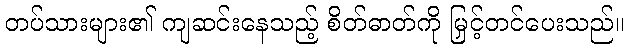
တပ်သားများ၏ ကျဆင်းနေသည့် စိတ်ဓာတ်ကို မြှင့်တင်ပေးသည်။